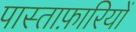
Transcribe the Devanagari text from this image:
पास्ताफ़ारियों